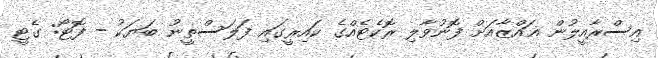
އިސްރާއީލުން ޣައްޒާއަށް ފޮނުވާލި ރޮކެޓެއްގެ ކައިރީގައި ފަލަސްތީނު ބަޔަކު - ފޮޓޯ: ގެޓީ